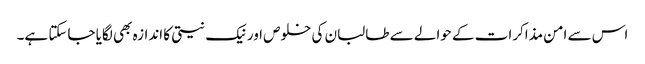
اس سے امن مذاکرات کے حوالے سے طالبان کی خلوص اور نیک نیتی کا اندازہ بھی لگایا جاسکتا ہے۔